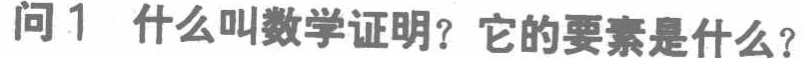
问1 什么叫数学证明？它的要素是什么？